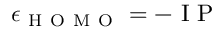
\epsilon _ { \mathrm { ~ H ~ O ~ M ~ O ~ } } = - \mathrm { ~ I ~ P ~ }